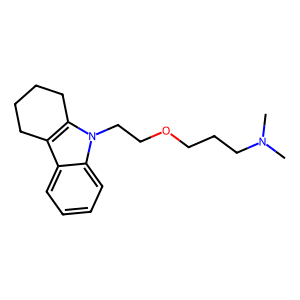
SMILES: CN(C)CCCOCCn1c2c(c3ccccc31)CCCC2
Inhibits HIV replication: No